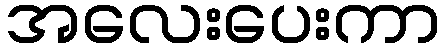
အလေးပေးကာ